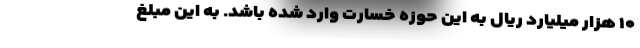
۱۰ هزار میلیارد ریال به این حوزه خسارت وارد شده باشد. به این مبلغ